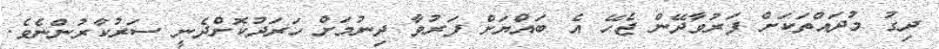
ދިގު މުދައްތަކަށް ފަރުވާދޭން ޖެހޭ އެ ބައްޔަށް ފަރުވާ ދިނުމަށް ހަރަދުކޮށްދެނީ ސަރުކާރުންނެވެ.